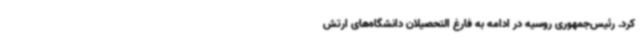
کرد. رئیس‌جمهوری روسیه در ادامه به فارغ ‌التحصیلان دانشگاه‌های ارتش